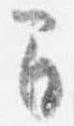
間